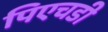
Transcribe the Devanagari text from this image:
पिएचडी